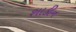
શાકીન